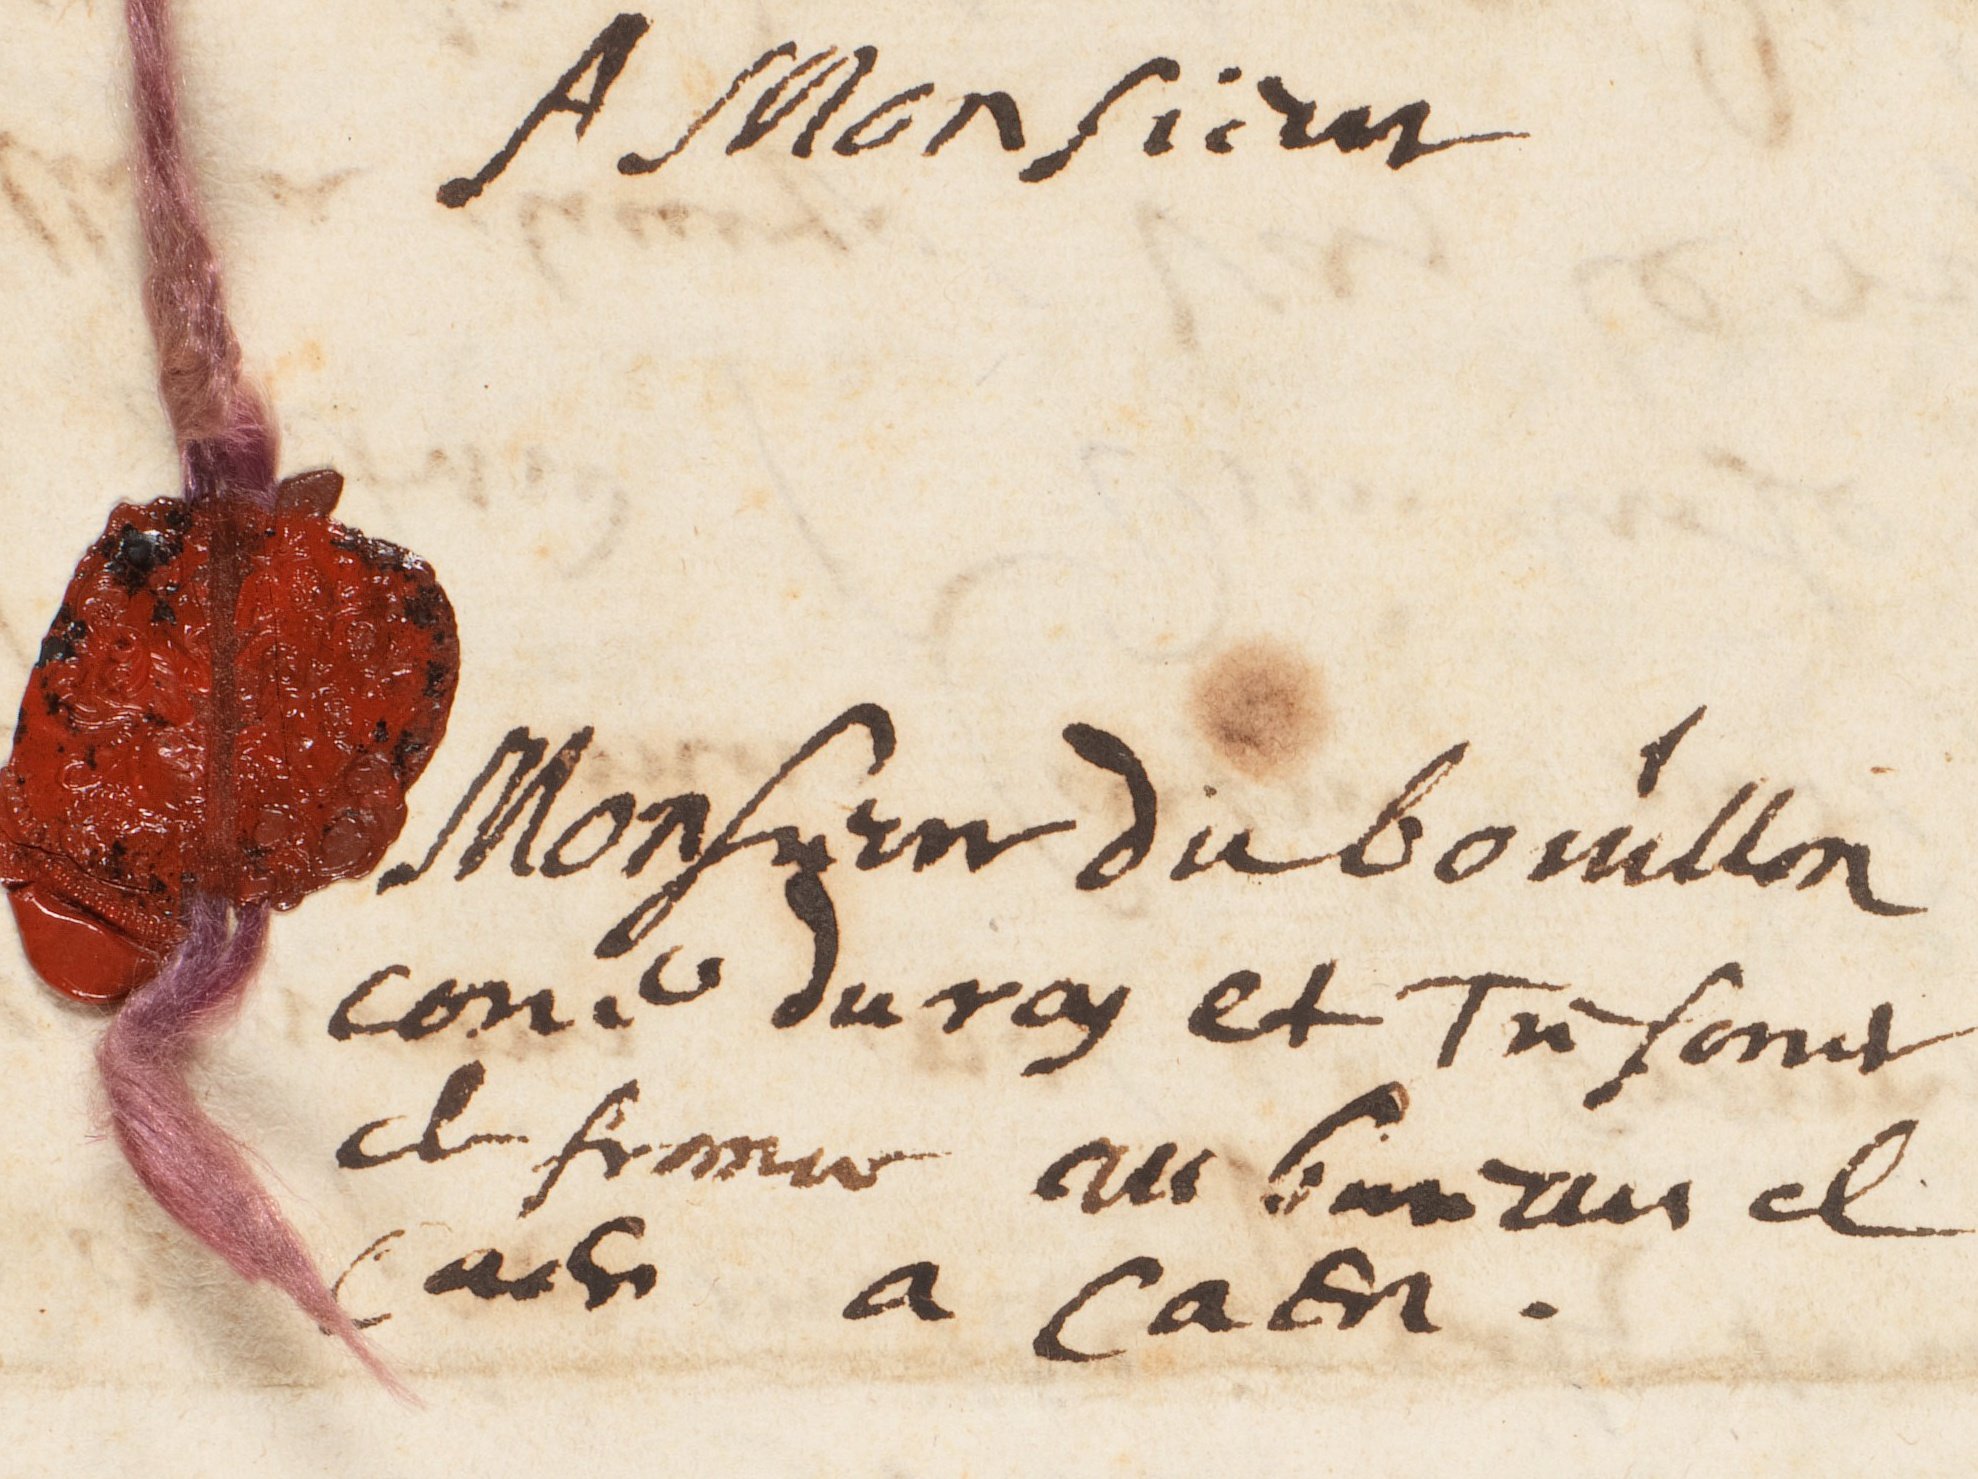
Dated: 1628–1628